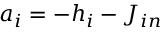
a _ { i } = - h _ { i } - J _ { i n }